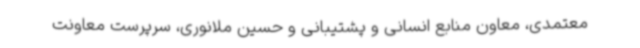
معتمدی، معاون منابع انسانی و پشتیبانی و حسین ملانوری، سرپرست معاونت